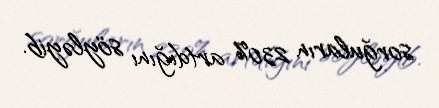
sorğuların 230% artdığını söyləyib.